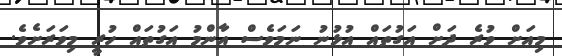
މިއަށް ވުރެ ދަށް އަގުތައް އުޅުނު ނަމަވެސް އާންމު އަގުތައް ހުރީ މިވަރަށެވެ.